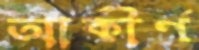
আকীর্ণ